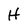
Character: H